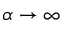
\alpha \to \infty